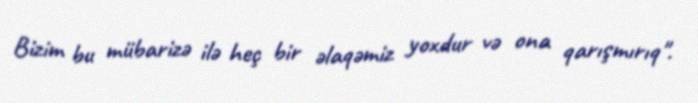
Bizim bu mübarizə ilə heç bir əlaqəmiz yoxdur və ona qarışmırıq".